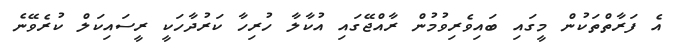
އެ ފަރާތްތަކުން މީގައި ބައިވެރިވުމުން ރާއްޖޭގައި އުކާލާ ހުރިހާ ކަރުދާހަކީ ރީސައިކަލް ކުރެވޭނެ